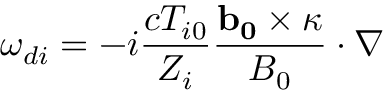
\omega _ { d i } = - i \frac { c T _ { i 0 } } { Z _ { i } } \frac { \mathbf { b _ { 0 } } \times \boldsymbol { \kappa } } { B _ { 0 } } \cdot \nabla